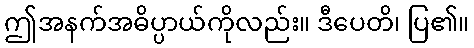
ဤအနက်အဓိပ္ပာယ်ကိုလည်း။ ဒီပေတိ၊ ပြ၏။